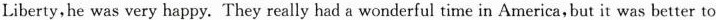
Liberty,he was very happy. They really had a wonderful time in America,but it was better to